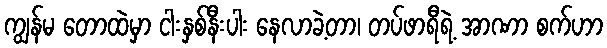
ကျွန်မ တောထဲမှာ ငါးနှစ်နီးပါး နေလာခဲ့တာ၊ တပ်ဖာရီရဲ့ အာဏာ စက်ဟာ